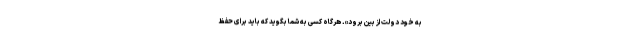
به خودِ دولت از بین برود». هرگاه کسی به شما بگوید که باید برای حفظ